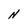
Character: N